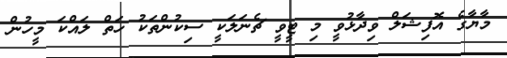
މާޔާގެ އޮފިޝަލް ވިދާޅުވީ މި ޓީވީ ޗެނަލަކީ ސިކުންތަކު ހަތް ލައްކަ މީހުން